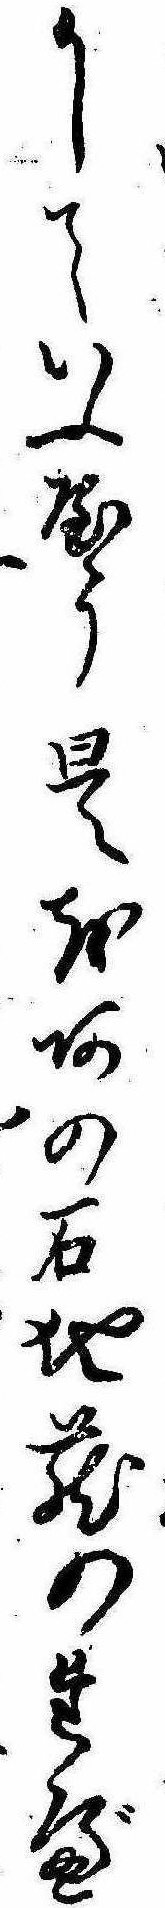
かしていふやう是をあの石地蔵のたべ